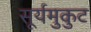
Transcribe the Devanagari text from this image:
सूर्यमुकुट